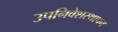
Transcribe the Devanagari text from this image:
उपनिवेशस्थापन